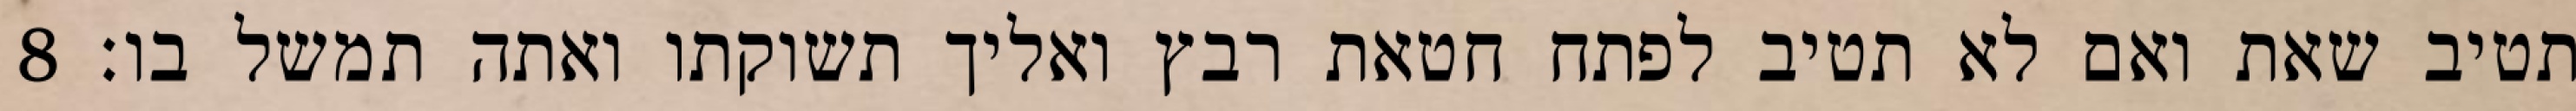
תטיב שאת ואם לא תטיב לפתח חטאת רבץ ואליך תשוקתו ואתה תמשל בו׃ ‎8‏